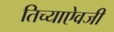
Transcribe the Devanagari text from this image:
तिच्याऐवजी